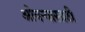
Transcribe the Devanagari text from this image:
ओवऱ्यासाठी